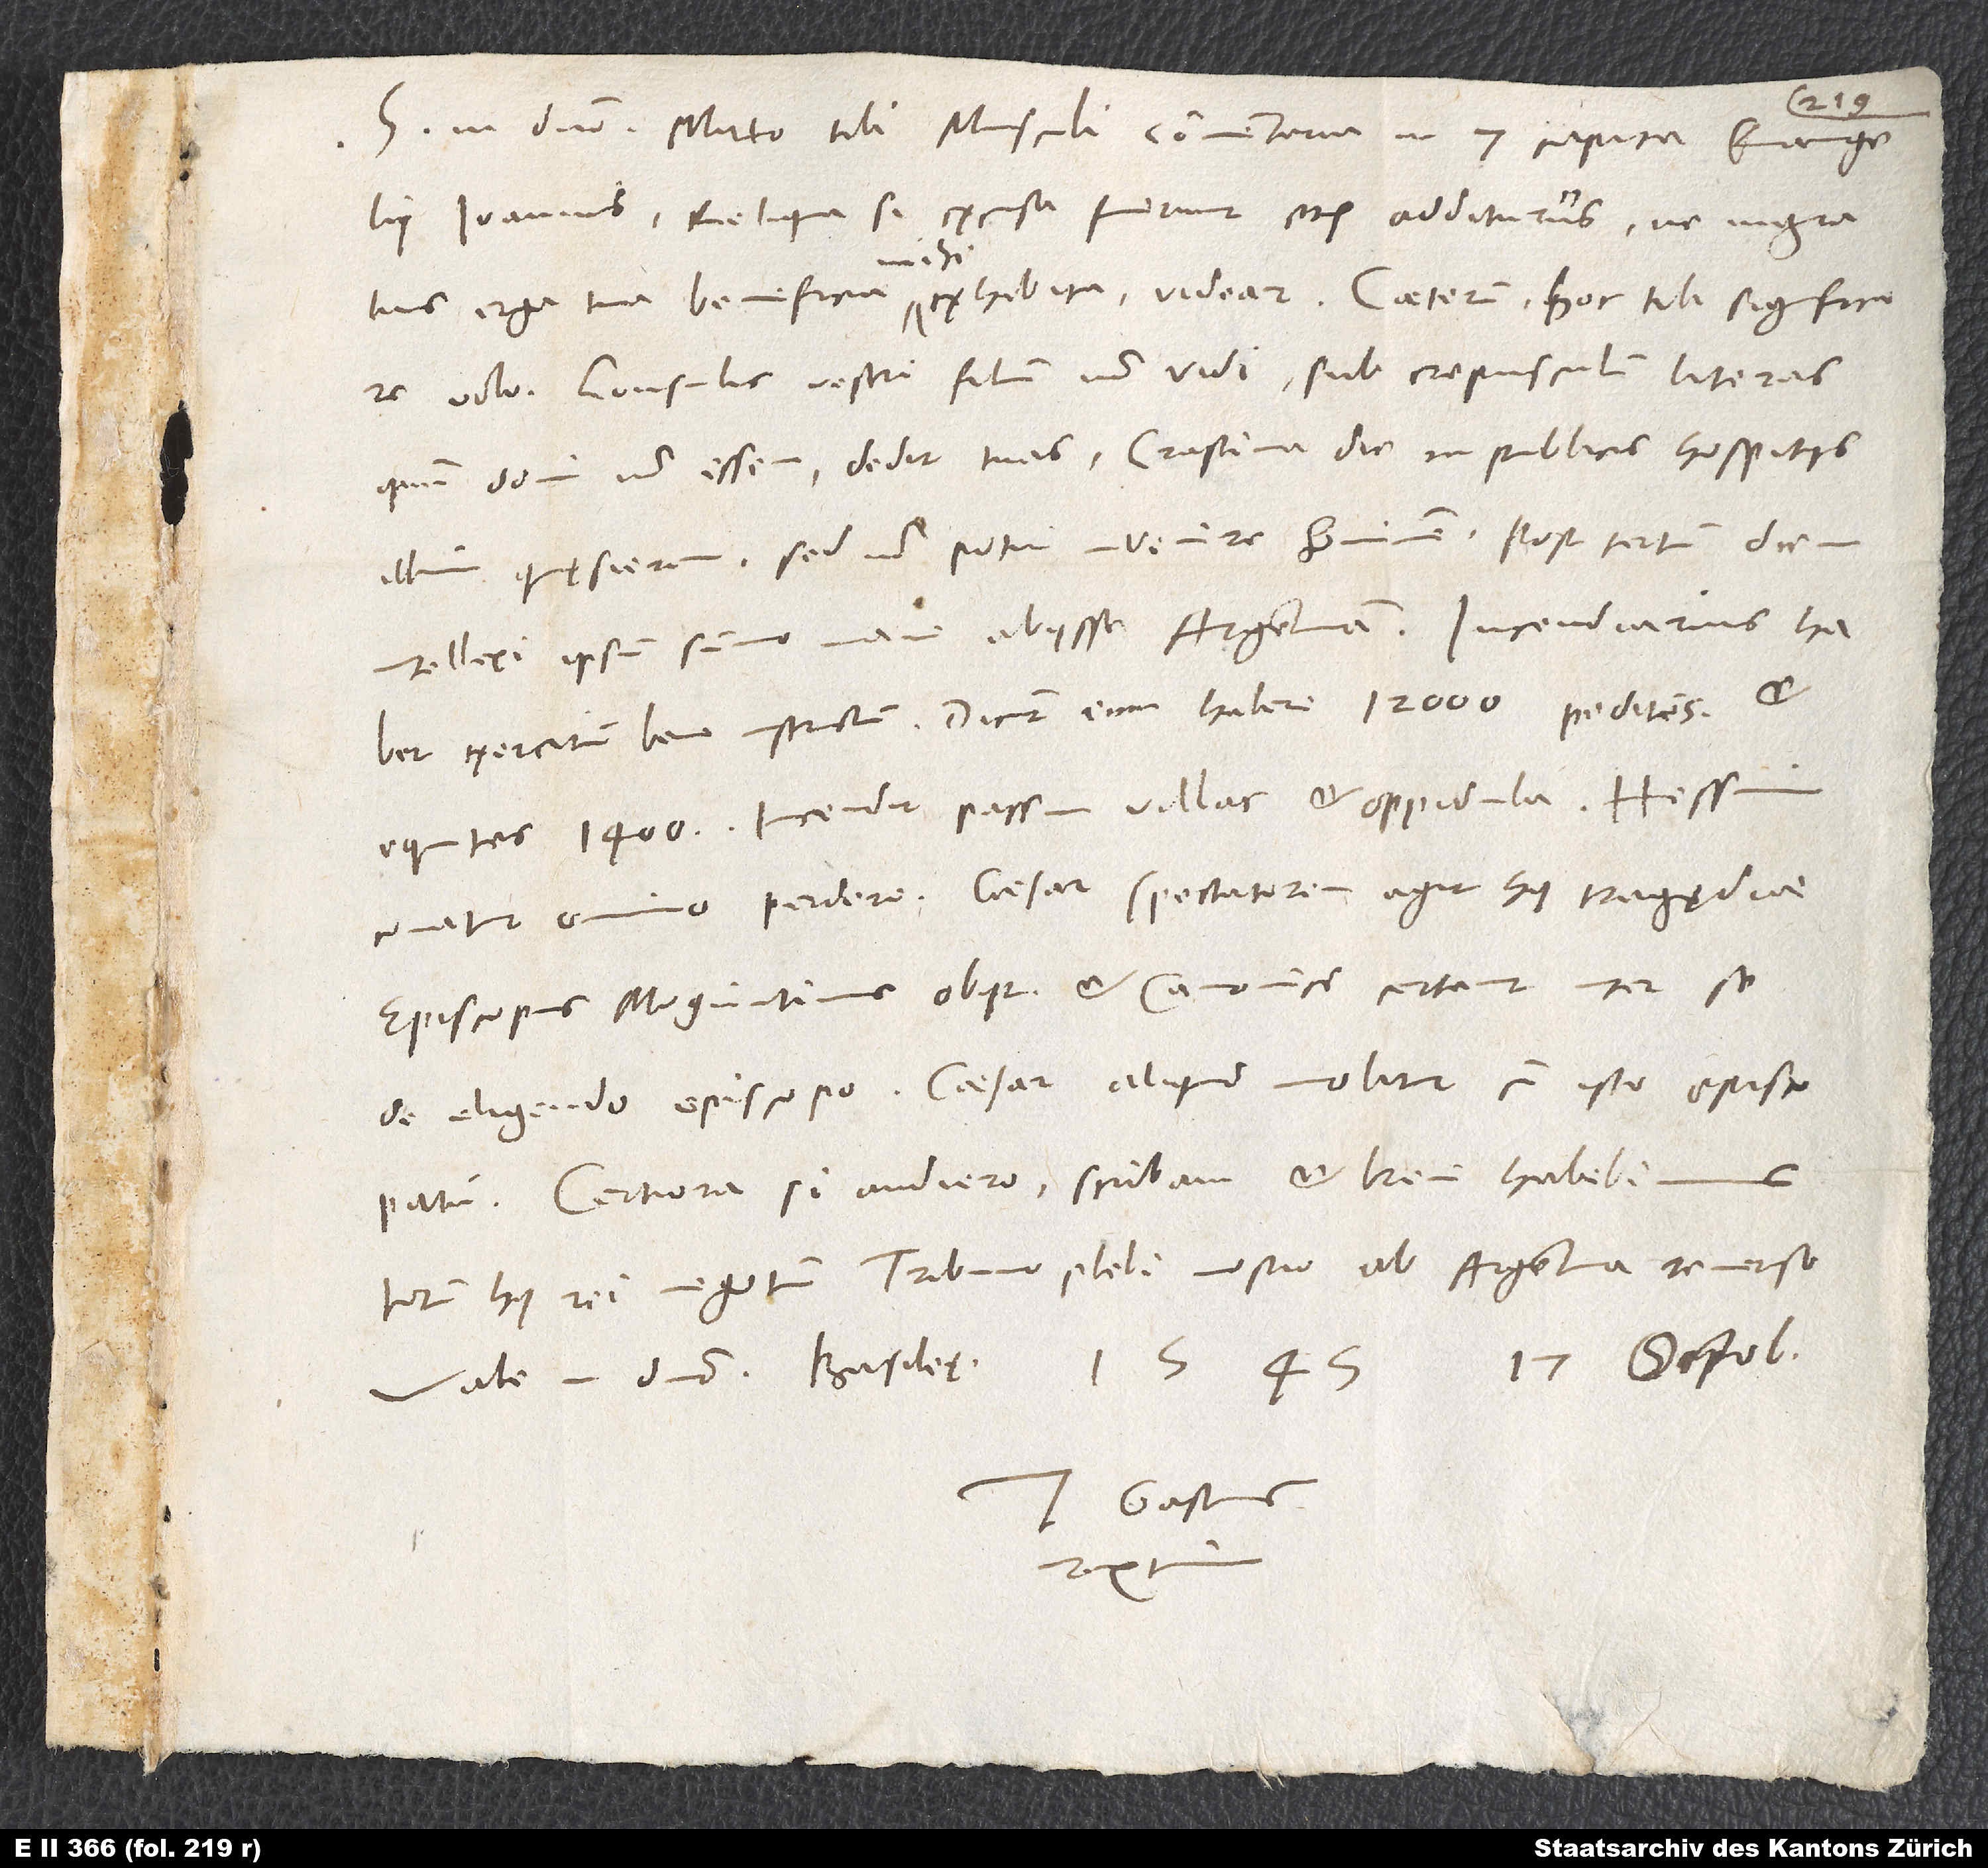
S. in domino. Mitto tibi Musculi commentaria in 7 capita evangelii
Ioannis, reliqua, si excusa fuerint, etiam additurus, ne ingratus
volo: Consulis vestri filium non vidi; sub crepusculum literas,
quum domi non essem, dedit tuas. Crastina die in publicis hospitiis
quęsieram, sed non potui invenire hominem. Post tertium diem
habet exercitum bene instructum; dicunt habere 12’000 pedites et
equites 1’400. Incendit passim villas et oppidula. Hessum
conatur omnino perdere. Caesar spectatorem agit huius tragędiae.
Episcopus Moguntinus obiit, et canonici certant inter se
de eligendo episcopo. Caesar aliquid molitur cum isto episcopatu.
Certiora si audiero, scribam, et brevi habebimus
totum huius rei negotium tribuno plebi nostro ab Argentina reverso.
Vale in domino. Basileę, 1545, 17. octobris.
Tuus Gastius